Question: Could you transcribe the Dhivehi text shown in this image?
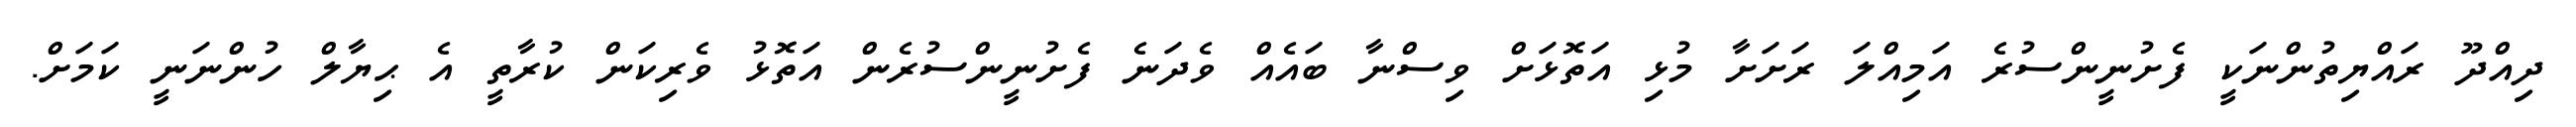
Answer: ދިއްދޫ ރައްޔިތުންނަކީ ފެށުނީންސުރެ އަމިއްލަ ރަށަށާ މުޅި އަތޮޅަށް ވިސްނާ ބައެއް ވެދަނެ ފެށުނީންސުރެން އަތޮޅު ވެރިކަން ކުރާތީ އެ ޙިޔާލް ހުންނަނީ ކަމަށް.